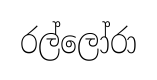
රල්ලෝරා